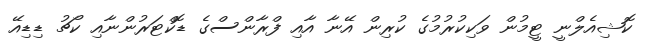
ކޮޝިއެލްނީ ޓީމުން ވަކިކުރުމުގެ ކުރިން އޭނާ އާއި ފްރާންސްގެ ޑޮކްޓަރުންނާއި ކޯޗު ޑިޑިއޭ